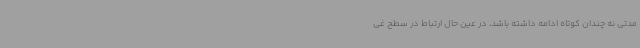
مدتی نه چندان کوتاه ادامه داشته باشد، در عین حال ارتباط در سطح غی